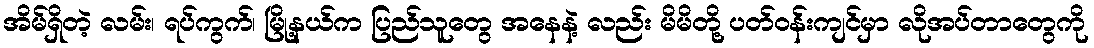
အိမ်ရှိတဲ့ လမ်း၊ ရပ်ကွက်၊ မြို့နယ်က ပြည်သူတွေ အနေနဲ့ လည်း မိမိတို့ ပတ်ဝန်းကျင်မှာ လိုအပ်တာတွေကို